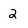
Character: 2